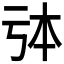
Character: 𠄯